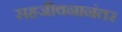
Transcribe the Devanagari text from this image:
सहजीवनानंतर